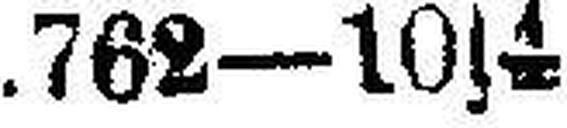
.762—10|½